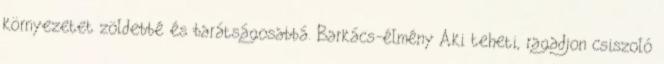
környezetet zöldebbé és barátságosabbá. Barkács-élmény Aki teheti, ragadjon csiszoló